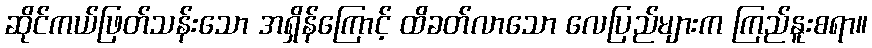
ဆိုင်ကယ်ဖြတ်သန်းသော အရှိန်ကြောင့် ထိခတ်လာသော လေပြည်များက ကြည်နူးစရာ။